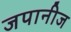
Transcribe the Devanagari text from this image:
जपानीज